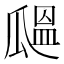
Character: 𤬒